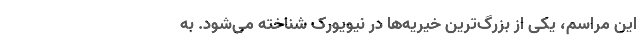
این مراسم، یکی از بزرگ‌ترین خیریه‌ها در نیویورک شناخته می‌شود. به